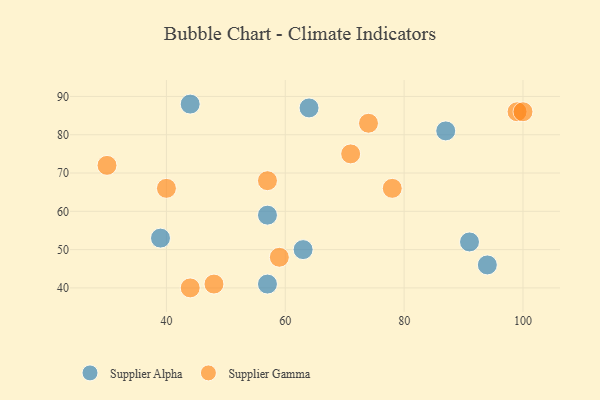
{"axis": {"x": "GDP", "y": "Life Expectancy"}, "legend": ["Supplier Alpha", "Supplier Gamma"], "data": [{"x": "94", "y": 46, "type": "Supplier Alpha"}, {"x": "44", "y": 88, "type": "Supplier Alpha"}, {"x": "87", "y": 81, "type": "Supplier Alpha"}, {"x": "57", "y": 59, "type": "Supplier Alpha"}, {"x": "39", "y": 53, "type": "Supplier Alpha"}, {"x": "63", "y": 50, "type": "Supplier Alpha"}, {"x": "91", "y": 52, "type": "Supplier Alpha"}, {"x": "64", "y": 87, "type": "Supplier Alpha"}, {"x": "57", "y": 41, "type": "Supplier Alpha"}, {"x": "30", "y": 72, "type": "Supplier Gamma"}, {"x": "44", "y": 40, "type": "Supplier Gamma"}, {"x": "59", "y": 48, "type": "Supplier Gamma"}, {"x": "99", "y": 86, "type": "Supplier Gamma"}, {"x": "48", "y": 41, "type": "Supplier Gamma"}, {"x": "40", "y": 66, "type": "Supplier Gamma"}, {"x": "57", "y": 68, "type": "Supplier Gamma"}, {"x": "71", "y": 75, "type": "Supplier Gamma"}, {"x": "78", "y": 66, "type": "Supplier Gamma"}, {"x": "74", "y": 83, "type": "Supplier Gamma"}, {"x": "100", "y": 86, "type": "Supplier Gamma"}]}